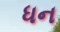
ધન